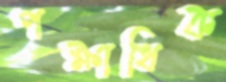
পক্ষাধিক